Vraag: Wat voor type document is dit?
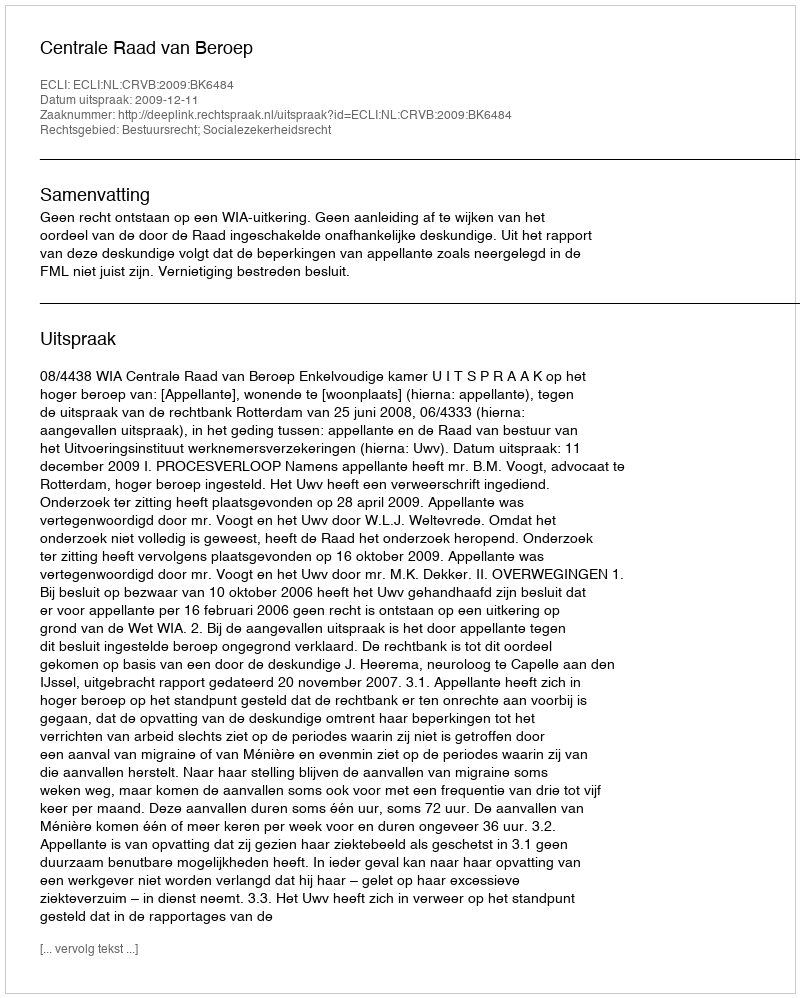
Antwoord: Uitspraak